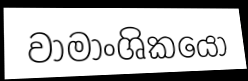
වාමාංශිකයෝ